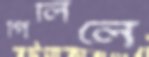
গিলিলে